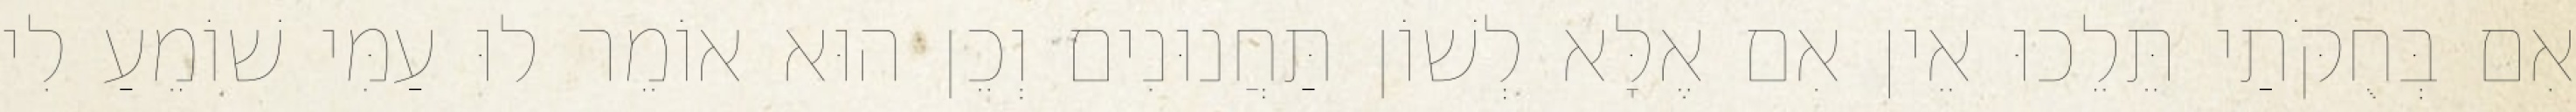
אִם בְּחֻקֹּתַי תֵּלֵכוּ אֵין אִם אֶלָּא לְשׁוֹן תַּחֲנוּנִים וְכֵן הוּא אוֹמֵר לוּ עַמִּי שׁוֹמֵעַ לִי